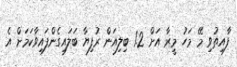
ފާއިތުވި މޭ މަހު މީރާ އަށް 1.2 ބިލިއަން ރުފިޔާ ބަލައިގެންފައިވާކަމަށް އެ